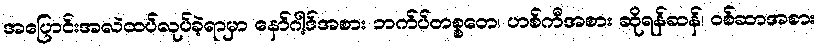
အပြောင်းအလဲထပ်လုပ်ခဲ့ရာမှာ နော်ဂါ့ဒ်အစား ဘက်ပ်တစ္စတေ၊ ဟစ်ကီအစား ဆိုရန်ဆန်၊ ဝစ်ဆာအစား